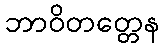
ဘာဝိတတ္တေန